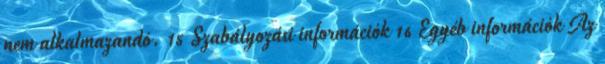
nem alkalmazandó. 15 Szabályozási információk 16 Egyéb információk Az